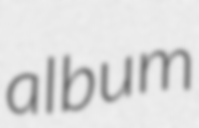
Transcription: album